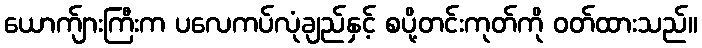
ယောက်ျားကြီးက ပလေကပ်လုံချည်နှင့် စပို့တင်းကုတ်ကို ဝတ်ထားသည်။